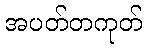
အပတ်တကုတ်